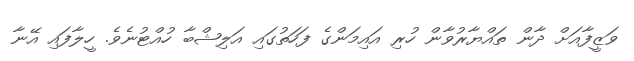
ވަޒީފާއަށް ދާން ތައްޔާރުވާން ހުރި އައިމަންގެ ފަހަތުގައި އަލިޝްބާ ހުއްޓުނެވެ. ހީލާފައި އޭނާ